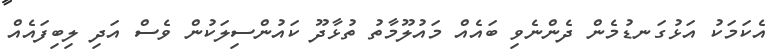
އެކަމަކު އަޅުގަނޑުމެން ދެންނެވި ބައެއް މައުލޫމާތު ތުޅާދޫ ކައުންސިލަކުން ވެސް އަދި ލިބިފައެއް